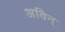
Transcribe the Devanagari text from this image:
अविन्